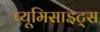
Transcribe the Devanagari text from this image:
प्यूमिसाइट्स